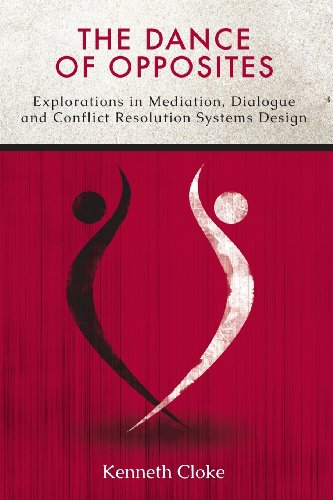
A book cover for The Dance of Opposites: Explorations in Mediation, Dialogue and Conflict Resolution Systems; Kenneth Cloke; Business & Money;